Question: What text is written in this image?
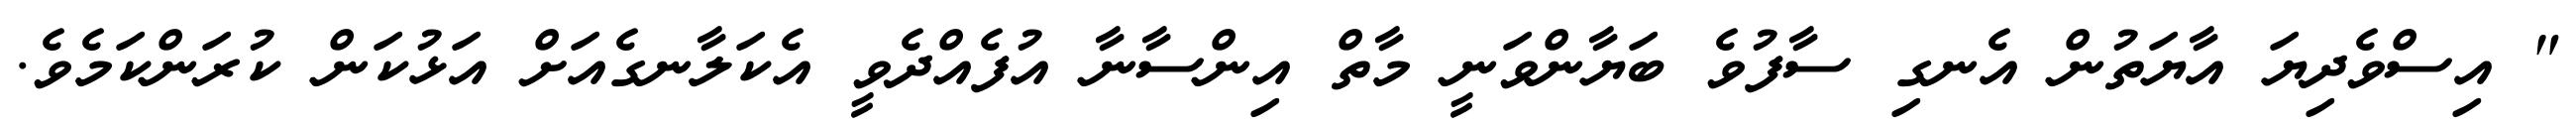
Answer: " އިސްވެދިޔަ އާޔަތުން އެނގި ސާފުވެ ބަޔާންވަނީ މާތް އިންސާނާ އުފެއްދެވީ އެކަލާނގެއަށް އަޅުކަން ކުރަންކަމެވެ.